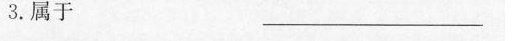
3. 属于 ——